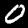
Label: 0